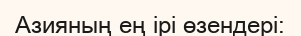
Азияның ең ірі өзендері: